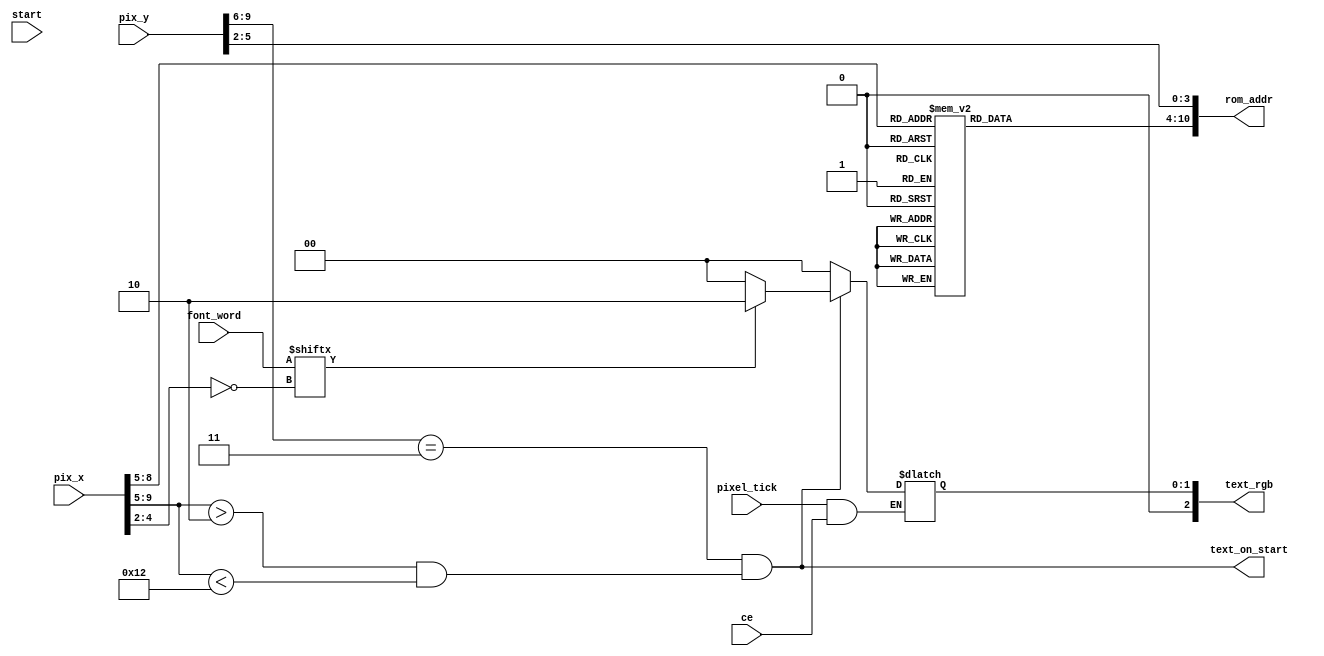
// Listing 14.6
module startScreen
   (
	 input wire start,
	 input wire  ce,
    input wire  [9:0] pix_x, pix_y,
	 input wire  [7:0] font_word,
	 input wire  pixel_tick,	 
    output wire text_on_start,
    output reg  [2:0] text_rgb =0,
	 output wire [10:0] rom_addr
   );

   // signal declaration---------------------------------------------------------------------
	
	//Declaration of the column of the characters
	
   reg  [6:0] char_addr=0;
	
   wire  [3:0] row_addr; 
	
	wire [2:0] bit_addr; 
	
	
	//Declaration for the bit of each row of the ROMM
 
   wire font_bit, playing_on;
	
	//Colores Constantes
	localparam BLACK 		= 3'b000;
	localparam RED   		= 3'b100;
	localparam GREEN 		= 3'b010;
	localparam BLUE      = 3'b001;
	localparam WHITE     = 3'b111;
	localparam PINK      = 3'b101;
	localparam YELLOW    = 3'b110;
	localparam LIGHTBLUE = 3'b011;
			
   //-------------------------------------------
   // Titulo
   //  - Despliega en el titulo "Start Playing"
   //  - Escala  32-64 
   //-------------------------------------------
   assign row_addr = pix_y[5:2];
   assign bit_addr = pix_x[4:2];
	assign playing_on = (pix_y[9:6]==3) && ((pix_x[9:5]>2) && (pix_x[9:5]<18));
   always @*
	begin		
		char_addr = 7'h00;
		begin				
			case (pix_x[8:5])
				4'h3: char_addr = 7'h53; // S
				4'h4: char_addr = 7'h74; // t
				4'h5: char_addr = 7'h61; // a
				4'h6: char_addr = 7'h72; // r
				4'h7: char_addr = 7'h74; // t
				4'h8: char_addr = 7'h00; // 
				4'h9: char_addr = 7'h50; // P
				4'ha: char_addr = 7'h6c; // l
				4'hb: char_addr = 7'h61; // a
				4'hc: char_addr = 7'h79; // y
				4'hd: char_addr = 7'h69; // i
				4'he: char_addr = 7'h6e; // n
				4'hf: char_addr = 7'h67; // g
				default : char_addr = 7'h00;
			endcase			
		end
	end


	
//-------------------------------------------
// Aqui se escoge cual color enviar a colocar mientras se encuentre cada elemento encima
//-------------------------------------------
   always @*
		begin //Para sincronizar con el pix_y evitar indeseados erroes
			if(pixel_tick && ce)
				begin
					text_rgb = 3'b000;  // fonodo negro
					if (playing_on) //Si esta el estado encima
						if(font_bit)
							text_rgb = GREEN;
						else
							text_rgb = BLACK;
					else
						text_rgb = BLACK;
				end
		end
	


   assign text_on_start = playing_on;
   //-------------------------------------------
   // Direccion de la rom para escoger el numero deseado
   //-------------------------------------------
   assign rom_addr = {char_addr, row_addr};
   assign font_bit = font_word[~bit_addr];
		

endmodule